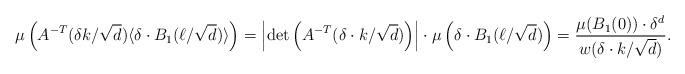
LaTeX: \begin{align*} \mu \left( A^{-T}(\delta k/\sqrt{d})\langle\delta\cdot B_1(\ell / \sqrt{d})\rangle \right) = \left|\det \left( A^{-T} ( \delta \cdot k / \sqrt{d} ) \right) \right| \cdot \mu\left(\delta \cdot B_1(\ell / \sqrt{d})\right) = \frac{\mu(B_1(0)) \cdot \delta^{d}}{w(\delta \cdot k / \sqrt{d})}. \end{align*}